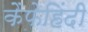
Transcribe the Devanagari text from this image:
कैफेहिंदी